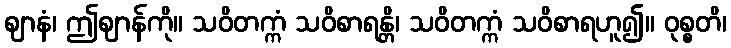
ဈာနံ၊ ဤဈာန်ကို။ သဝိတက္ကံ သဝိစာရန္တိ၊ သဝိတက္ကံ သဝိစာရဟူ၍။ ဝုစ္စတိ၊